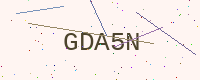
Text: GDA5N